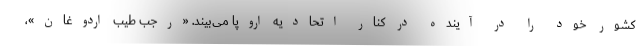
کشور خود را در آینده در کنار اتحادیه اروپا می‌بیند. «رجب طیب اردوغان»،